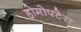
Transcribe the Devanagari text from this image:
होमोपटेरा